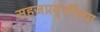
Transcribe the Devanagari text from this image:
सहजप्रवृत्तींच्या